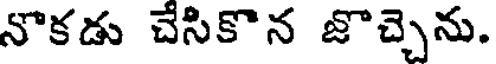
నొకడు చేసికొన జొచ్చెను.